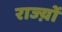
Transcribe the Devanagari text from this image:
राज्य़ों